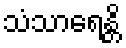
သံသာရေန္တိ